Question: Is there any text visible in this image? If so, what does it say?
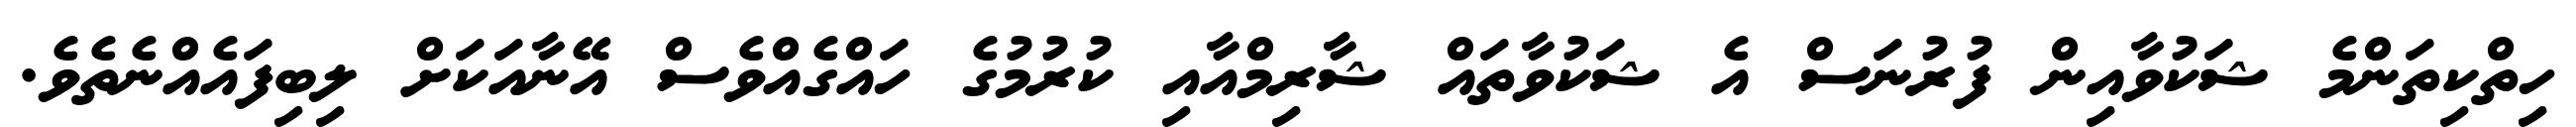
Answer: ހިތްކިތަންމެ ޝަކުވާއިން ފުރުނަސް އެ ޝަކުވާތައް ޝާރިމްއާއި ކުރުމުގެ ހައްގެއްވެސް އޭނާއަކަށް ލިބިފައެއްނެތެވެ.